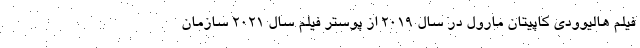
فیلم هالیوودی کاپیتان مارول در سال 2019 از پوستر فیلم سال 2021 سازمان